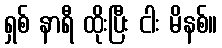
ရှစ် နာရီ ထိုးပြီး ငါး မိနစ်။